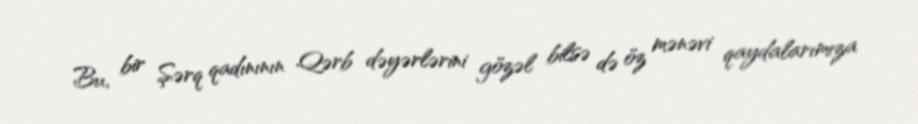
Bu, bir Şərq qadınının Qərb dəyərlərini gözəl bilsə də öz mənəvi qaydalarımıza